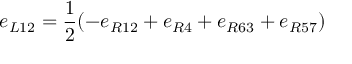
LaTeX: e _ { L 1 2 } = \frac { 1 } { 2 } ( - e _ { R 1 2 } + e _ { R 4 } + e _ { R 6 3 } + e _ { R 5 7 } )